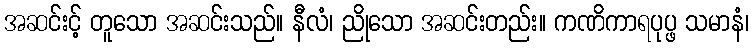
အဆင်းင့် တူသော အဆင်းသည်။ နီလံ၊ ညိုသော အဆင်းတည်း။ ကဏိကာရပုပ္ဖ သမာနံ၊